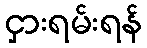
ငှားရမ်းရန်